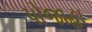
પોજાહા